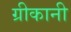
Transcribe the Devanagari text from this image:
ग्रीकानी